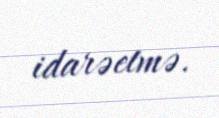
idarəetmə.